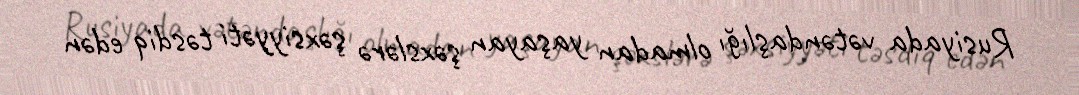
Rusiyada vətəndaşlığı olmadan yaşayan şəxslərə şəxsiyyəti təsdiq edən